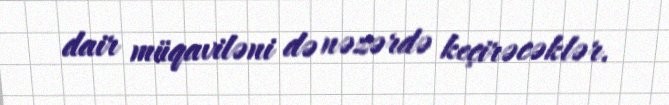
dair müqaviləni də nəzərdə keçirəcəklər.